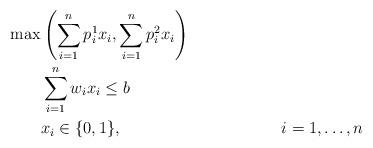
LaTeX: \begin{align*}\max & \left(\sum_{i=1}^n p^1_ix_i, \sum_{i=1}^{n} p^2_ix_i\right) \\ & \sum_{i=1}^n w_ix_i\leq b\\& x_i \in \{0,1\}, & i = 1,\ldots,n\end{align*}